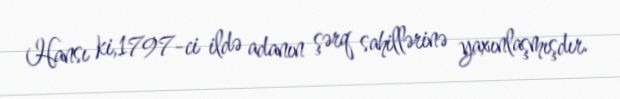
Hansı ki,1797-ci ildə adanın şərq sahillərinə yaxınlaşmışdır.